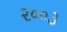
૨૦૦૩